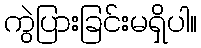
ကွဲပြားခြင်းမရှိပါ။